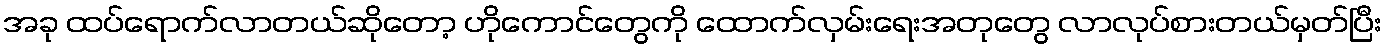
အခု ထပ်ရောက်လာတယ်ဆိုတော့ ဟိုကောင်တွေကို ထောက်လှမ်းရေးအတုတွေ လာလုပ်စားတယ်မှတ်ပြီး